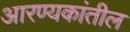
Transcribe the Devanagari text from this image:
आरण्यकांतील